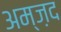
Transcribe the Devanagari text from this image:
अम्ज़द